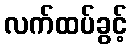
လက်ထပ်ခွင့်